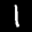
Label: 1